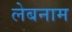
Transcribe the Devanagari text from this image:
लेबनाम